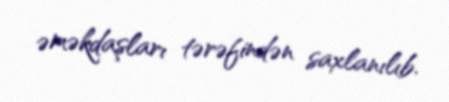
əməkdaşları tərəfindən saxlanılıb.